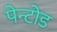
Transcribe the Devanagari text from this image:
पेन्टोड